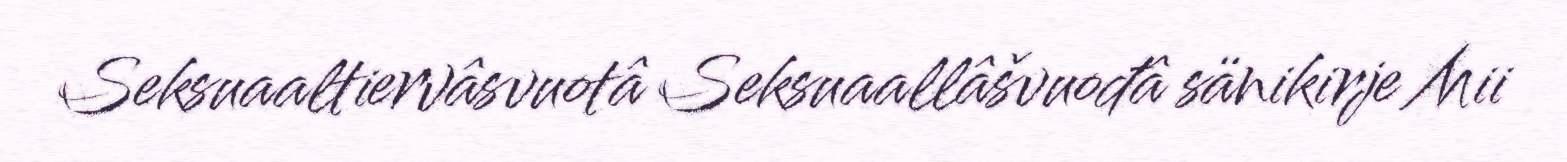
Seksuaaltiervâsvuotâ Seksuaallâšvuođâ sänikirje Mii